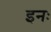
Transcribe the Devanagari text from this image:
इनः